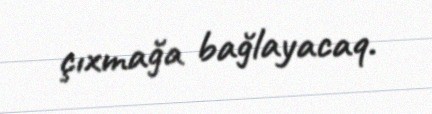
çıxmağa bağlayacaq.